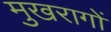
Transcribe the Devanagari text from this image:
मुखरागों